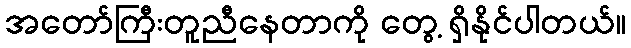
အတော်ကြီးတူညီနေတာကို တွေ့ ရှိနိုင်ပါတယ်။